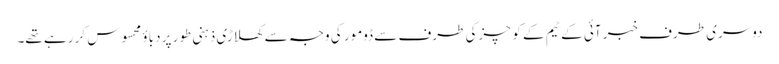
دوسری طرف خبر آئی کے ٹیم کے کوچزکی طرف سے ڈومور کی وجہ سے کھلاڑی ذہنی طور پر دباؤ محسوس کر رہے تھے۔